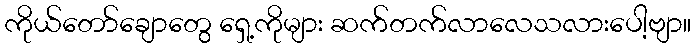
ကိုယ်တော်ချောတွေ ရှေ့ကိုများ ဆက်တက်လာလေသလားပေါ့ဗျာ။